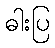
ဓါးပြ